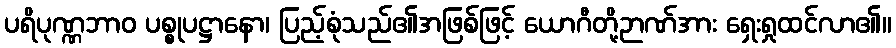
ပရိပုဏ္ဏဘာဝ ပစ္စုပဋ္ဌာနော၊ ပြည့်စုံသည်၏အဖြစ်ဖြင့် ယောဂီတို့ဉာဏ်အား ရှေးရှုထင်လာ၏။